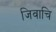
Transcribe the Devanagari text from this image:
जिवाचि